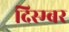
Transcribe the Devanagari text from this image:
दिस्म्बर